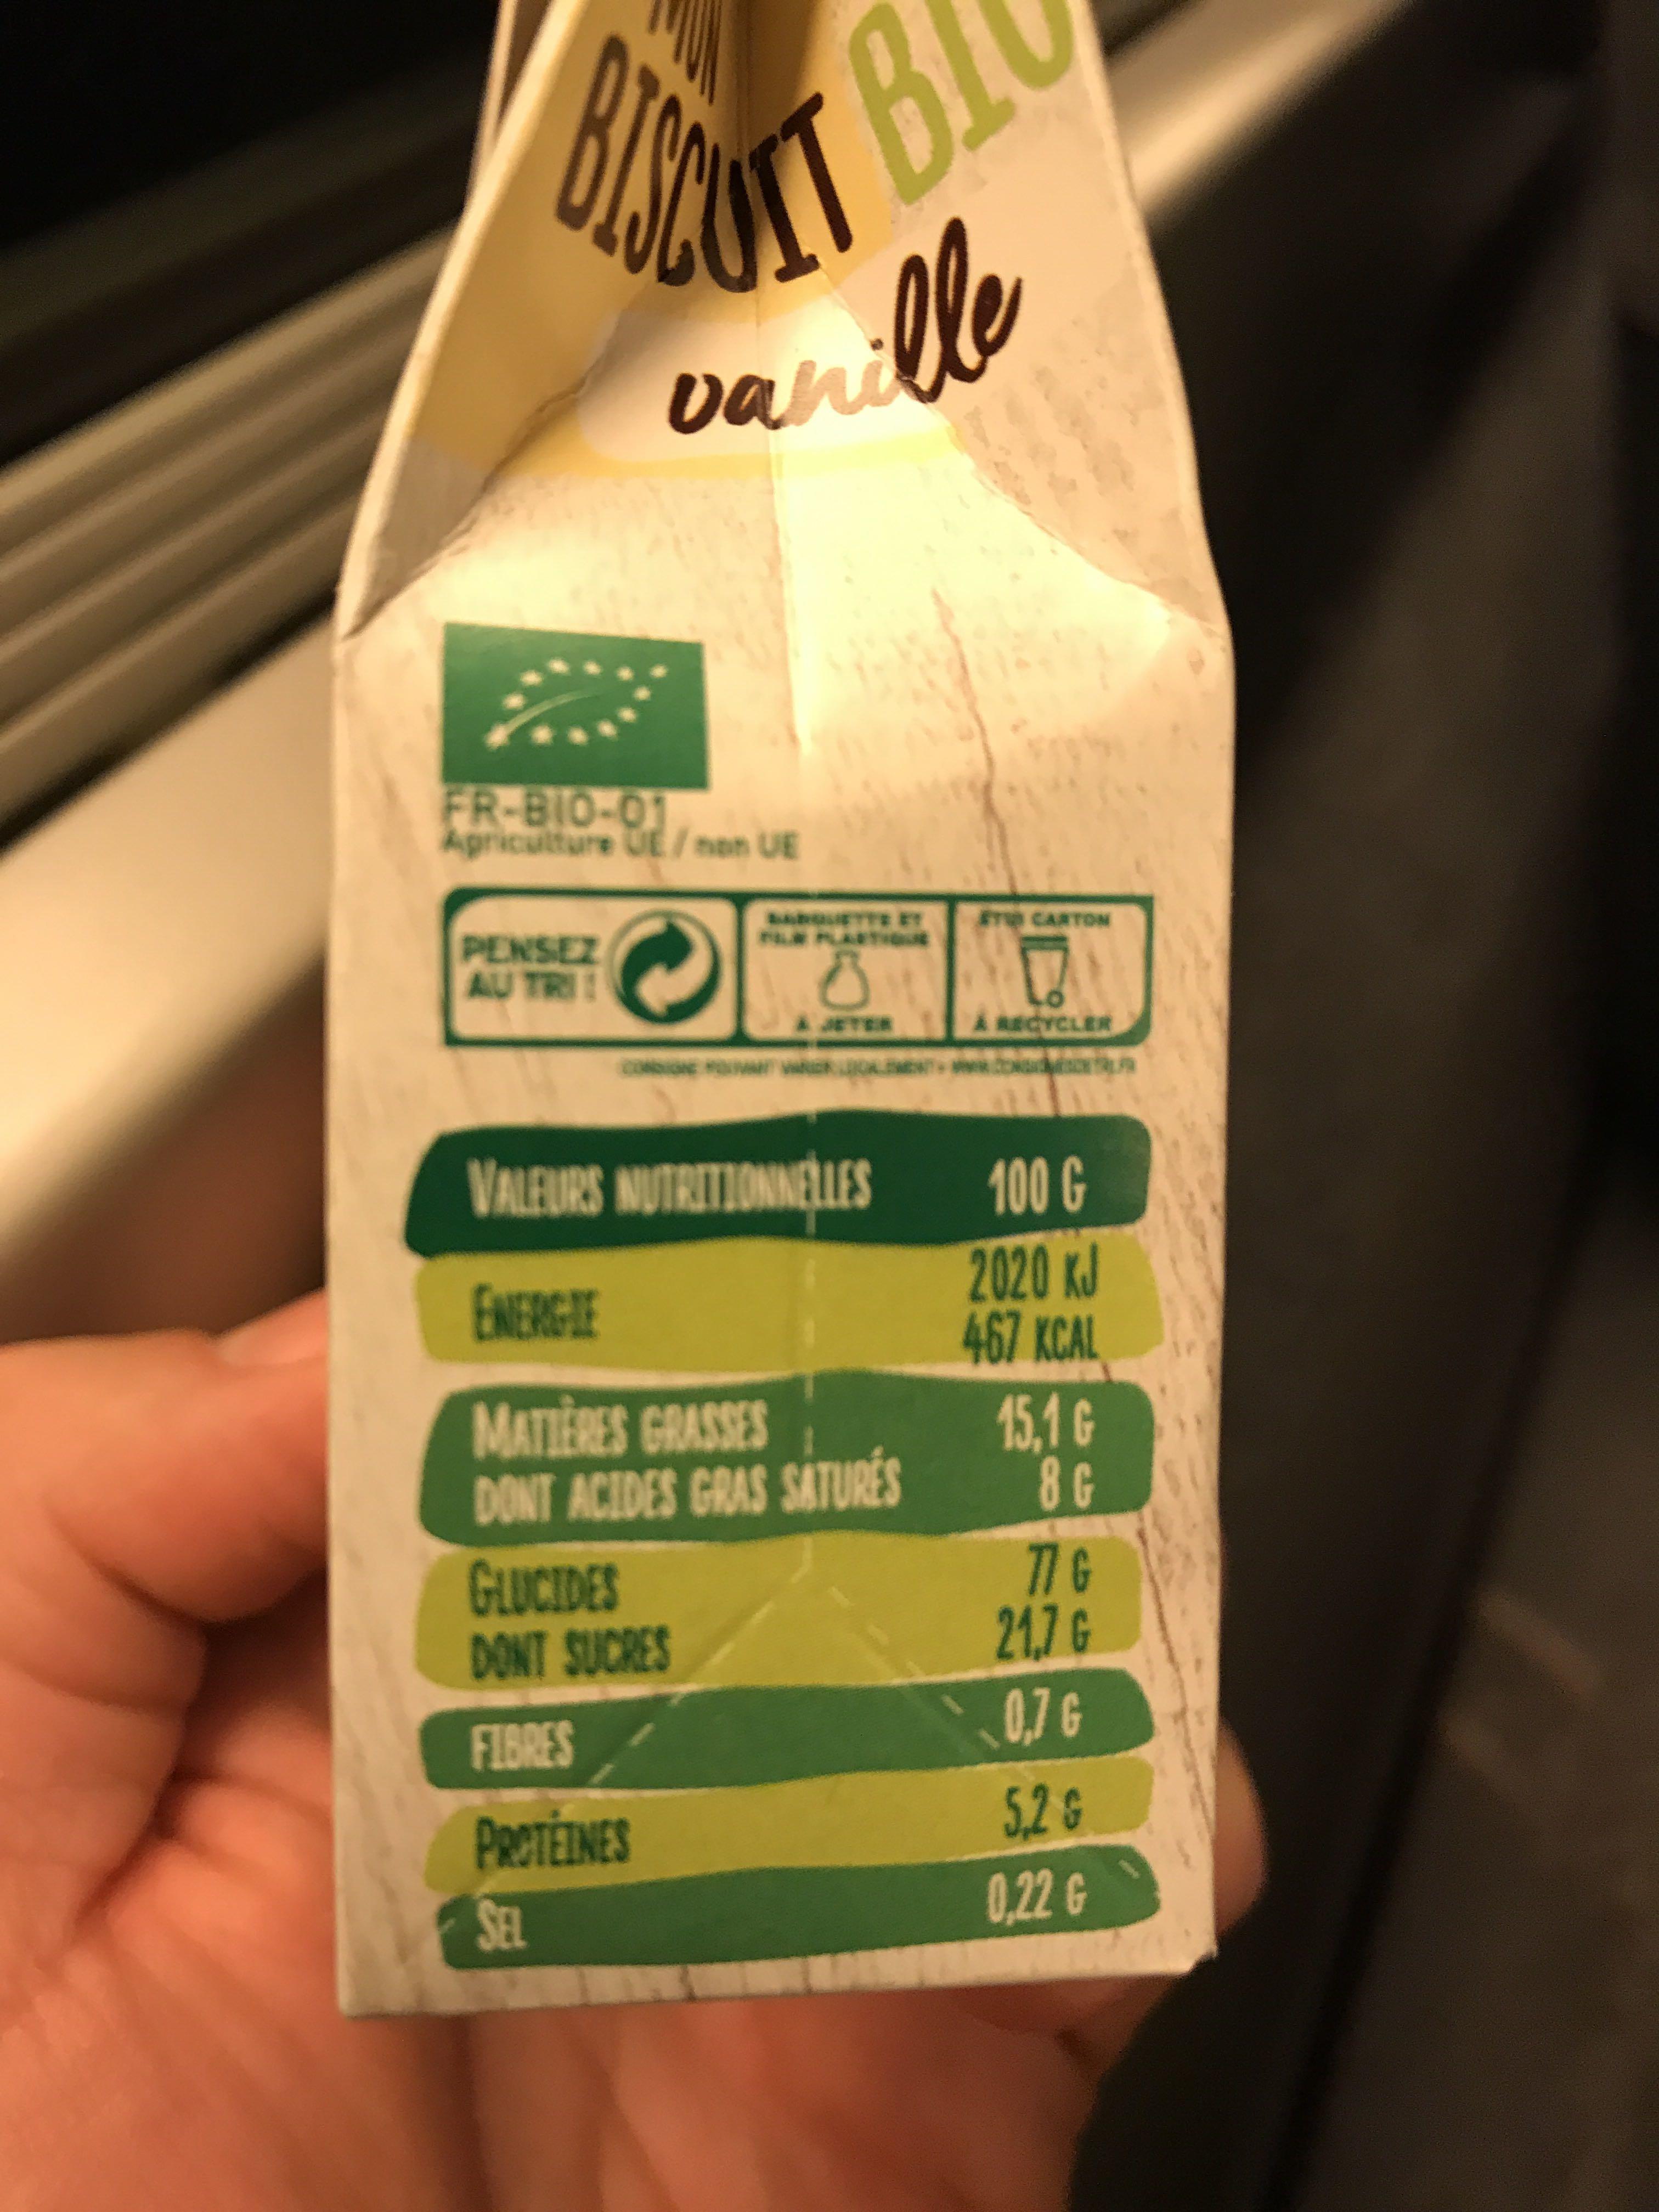
BISCOUNT
PENSEZ AU TRI!
IT B
vanill
FR-BIO-01 Agriculture UE/non UE
GLUCIDES
DONT SUCRES
FIBRES
PROTÉINES
SEL
0
VALEURS NUTRITIONNELLES
ENERGIE
MATIÈRES GRASSES DONT ACIDES GRAS SATURES
ST CARTON
0
& RECYCLER
CONSTR
100 G
2020 KJ
467 KCAL
15,1 G
8 G
77 G
21,7 G
0,7 G
5,2 G 0,22 G
1